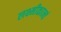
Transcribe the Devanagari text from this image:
लक्ष्मीकान्तं